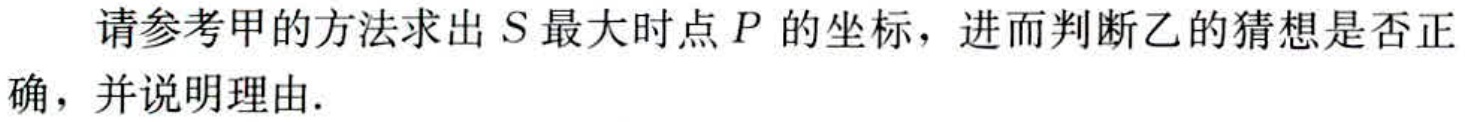
请参考甲的方法求出\(S\)最大时点\(P\)的坐标，进而判断乙的猜想是否正确，并说明理由.